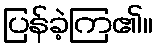
ပြန်ခဲ့ကြ၏။